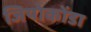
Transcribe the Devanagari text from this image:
जियोकोंडा